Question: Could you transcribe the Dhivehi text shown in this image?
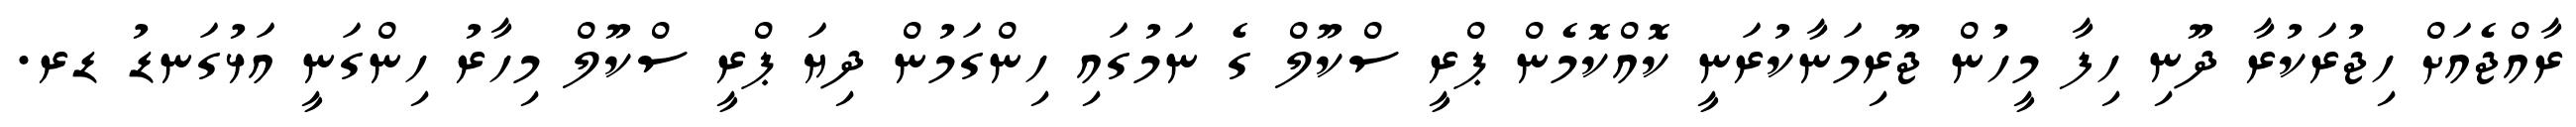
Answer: ރާއްޖެއަށް ހިޖުރަކުރާ ދޫނި ހިފާ މީހުން ޖޫރިމަނާކުރަނީ ކޮއްކޮމެން ޕްރީ ސްކޫލް ގެ ނަމުގައި ހިންގަމުން ދިޔަ ޕްރީ ސްކޫލް މިހާރު ހިންގަނީ އަޅުގަނޑު ޑރ.